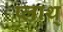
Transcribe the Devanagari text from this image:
प्लाथ्